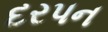
દરપન